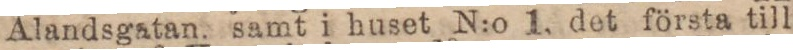
Ålandsgatan. samt i huset N:o 1, det första till